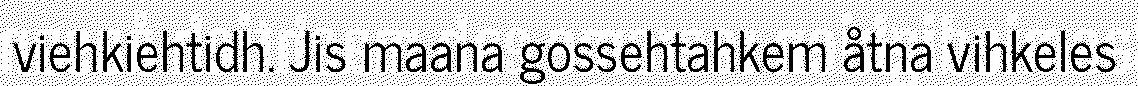
viehkiehtidh. Jis maana gossehtahkem åtna vihkeles